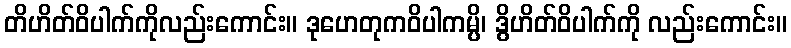
တိဟိတ်ဝိပါက်ကိုလည်းကောင်း။ ဒုဟေတုကဝိပါကမ္ပိ၊ ဒွိဟိတ်ဝိပါက်ကို လည်းကောင်း။